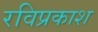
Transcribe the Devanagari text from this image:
रविप्रकाश